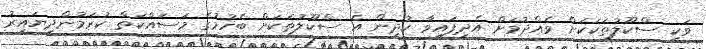
ވަކި ސްކޫލުތަކަކަށް ވެއްދުމަށް އެދިފައިވާ ކުދިން އެ ސްކޫލުތަކަށް ބެހުމުގެ މަސައްކަތް ކުރަމުންދިޔައިރު